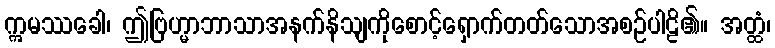
ဣမဿခေါ၊ ဤဗြဟ္မာဘာသာအနက်နိသျကိုစောင့်ရှောက်တတ်သောအစဉ်ပါဠိ၏။ အတ္ထံ၊